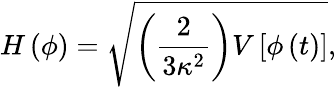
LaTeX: H\left(\phi\right)=\sqrt{\left({\frac{2}{3\kappa^{2}}}\right)V\left[\phi\left(t\right)\right]},